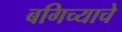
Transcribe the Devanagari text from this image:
बगिच्याचे